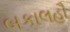
બકાલહૌ